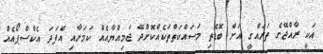
އަކީ ރާއްޖޭގެ ތަރައްގީ އަށް ބޮޑެތި މަސައްކަތްތަކެއްކޮށްދޭ ޖަމިއްޔާއެއް ކަމަށާއި އެފަދަ އެކްސްޕޯއެއް